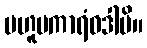
ဗဟူပကာရံဝဒါမိ။